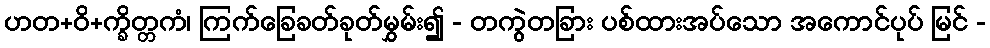
ဟတ+ဝိ+က္ခိတ္တကံ၊ ကြက်ခြေခတ်ခုတ်မွှမ်း၍ - တကွဲတခြား ပစ်ထားအပ်သော အကောင်ပုပ် မြင် -